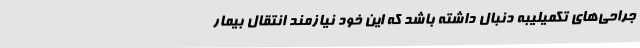
جراحی‌های تکمیلیبه دنبال داشته باشد که این خود نیازمند انتقال بیمار